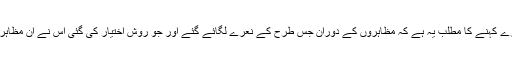
یہاں پر ہم مظاہرین کو مشتبہ نہیں کہہ رہے ہیں بلکہ ہمارے کہنے کا مطلب یہ ہے کہ مظاہروں کے دوران جس طرح کے نعرے لگائے گئے اور جو روش اختیار کی گئی اس نے ان مظاہروں کو پوری طرح سے ان کے راستے سے گمراہ کر دیا۔